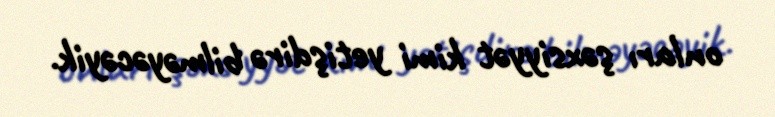
onları şəxsiyyət kimi yetişdirə bilməyəcəyik.